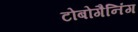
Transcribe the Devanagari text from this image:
टोबोगैनिंग